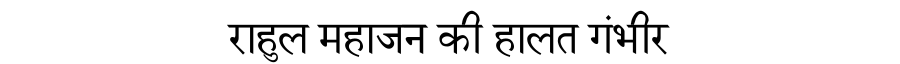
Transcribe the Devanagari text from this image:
राहुल महाजन की हालत गंभीर